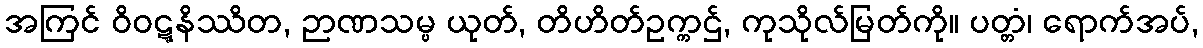
အကြင် ဝိဝဋ္ဋနိဿိတ, ဉာဏသမ္ပ ယုတ်, တိဟိတ်ဥက္ကဌ်, ကုသိုလ်မြတ်ကို။ ပတ္တံ၊ ရောက်အပ်,